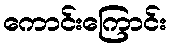
ကောင်းကြောင်း